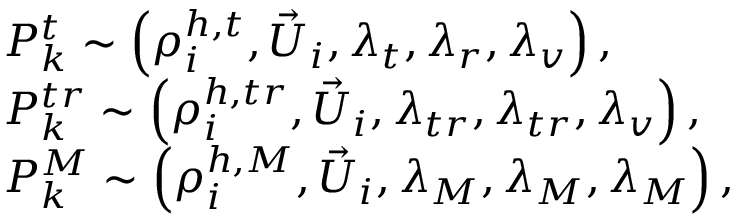
\begin{array} { r l } & { P _ { k } ^ { t } \sim \left( \rho _ { i } ^ { h , t } , { \vec { U } _ { i } } , \lambda _ { t } , \lambda _ { r } , \lambda _ { v } \right) , } \\ & { P _ { k } ^ { t r } \sim \left( \rho _ { i } ^ { h , t r } , { \vec { U } _ { i } } , \lambda _ { t r } , \lambda _ { t r } , \lambda _ { v } \right) , } \\ & { P _ { k } ^ { M } \sim \left( \rho _ { i } ^ { h , M } , { \vec { U } _ { i } } , \lambda _ { M } , \lambda _ { M } , \lambda _ { M } \right) , } \end{array}